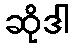
ဆိုဒါ